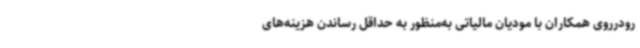
رودرروی همکاران با مودیان مالیاتی به‌منظور به حداقل رساندن هزینه‌های